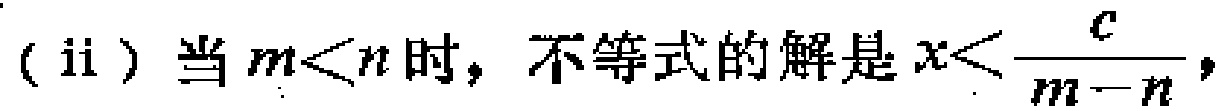
(ii) 当 \(m < n\) 时，不等式的解是 \(x < \frac{c}{m - n}\)，